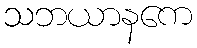
သဘယာနကေ